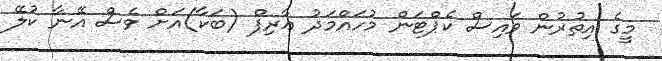
މީގެ އިތުރުން ވައިސް ކެޕްޓަން މުހައްމަދު ޢާރިފް (ބަކާ)އަށް ވެސް އޭނާ ކުލޭ